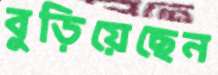
বুড়িয়েছেন